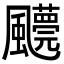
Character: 𩙓